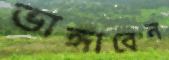
ভাঙ্গাবেন